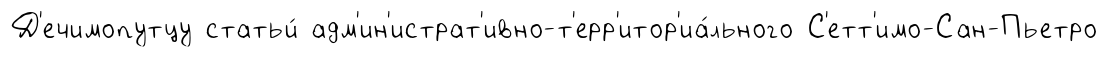
Д'ечимопутцу статьи́ адм'ин'истрат'ивно-т'ерр'итор'иа́льного С'етт'имо-Сан-Пьетро